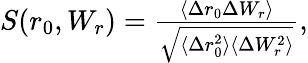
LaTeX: \begin{array}{r}{S(r_{0},W_{r})=\frac{\langle\Delta r_{0}\Delta W_{r}\rangle}{\sqrt{\langle\Delta r_{0}^{2}\rangle\langle\Delta W_{r}^{2}\rangle}},}\end{array}